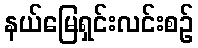
နယ်မြေရှင်းလင်းစဉ်